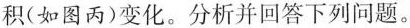
积(如图丙)变化。分析并回答下列问题。